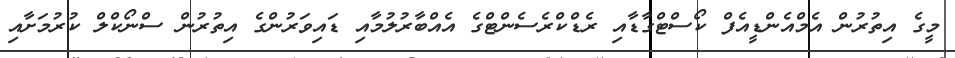
މީގެ އިތުރުން އެމްއެންޑީއެފް ކޯސްޓްގާޑާއި ރެޑްކްރެސެންޓްގެ އެއްބާރުލުމާއި ޑައިވަރުންގެ އިތުރުން ސްނޯކްލް ކުރުމަށާއި